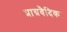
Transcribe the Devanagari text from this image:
प्राग्रवैदिक